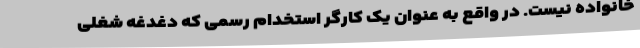
خانواده نیست. در واقع به عنوان یک کارگر استخدام رسمی که دغدغه شغلی